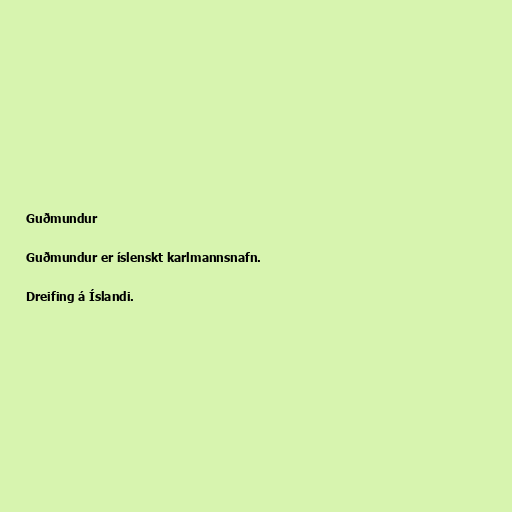
Guðmundur

Guðmundur er íslenskt karlmannsnafn.

Dreifing á Íslandi.